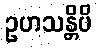
ဥဟသန္တိပိ